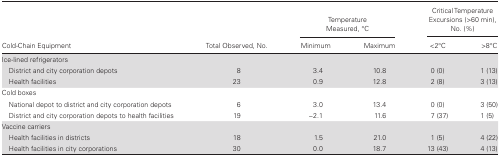
<table><thead><tr><td rowspan="2"><b>Cold-Chain Equipment</b></td><td rowspan="2"><b>Total Observed, No.</b></td><td colspan="2"><b>Temperature Measured, °C</b></td><td colspan="2"><b>Critical Temperature Excursions (&gt;60 min), No. (%)</b></td></tr><tr><td><b>Minimum</b></td><td><b>Maximum</b></td><td><b>&lt;2°C</b></td><td><b>&gt;8°C</b></td></tr></thead><tbody><tr><td>Ice-lined refrigerators</td><td></td><td></td><td></td><td></td><td></td></tr><tr><td> District and city corporation depots</td><td>8</td><td>3.4</td><td>10.8</td><td>0 (0)</td><td>1 (13)</td></tr><tr><td> Health facilities</td><td>23</td><td>0.9</td><td>12.8</td><td>2 (8)</td><td>3 (13)</td></tr><tr><td>Cold boxes</td><td></td><td></td><td></td><td></td><td></td></tr><tr><td> National depot to district and city corporation depots</td><td>6</td><td>3.0</td><td>13.4</td><td>0 (0)</td><td>3 (50)</td></tr><tr><td> District and city corporation depots to health facilities</td><td>19</td><td>−2.1</td><td>11.6</td><td>7 (37)</td><td>1 (5)</td></tr><tr><td>Vaccine carriers</td><td></td><td></td><td></td><td></td><td></td></tr><tr><td> Health facilities in districts</td><td>18</td><td>1.5</td><td>21.0</td><td>1 (5)</td><td>4 (22)</td></tr><tr><td> Health facilities in city corporations</td><td>30</td><td>0.0</td><td>18.7</td><td>13 (43)</td><td>4 (13)</td></tr></tbody></table>